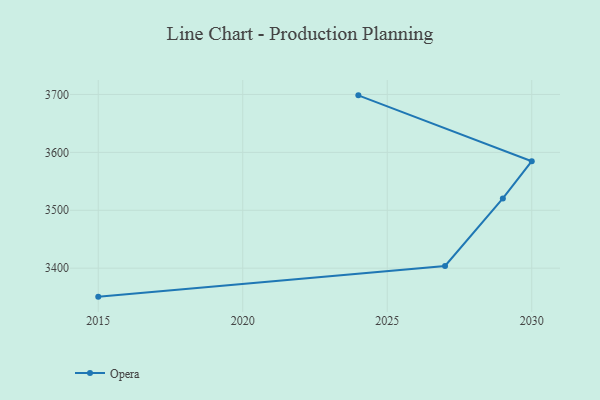
{"axis": {"x": "Year", "y": "Temperature (°C)"}, "legend": ["Opera"], "data": [{"x": "2015", "y": 3350.8, "type": "Opera"}, {"x": "2027", "y": 3403.7, "type": "Opera"}, {"x": "2029", "y": 3520.4, "type": "Opera"}, {"x": "2030", "y": 3584.7, "type": "Opera"}, {"x": "2024", "y": 3698.5, "type": "Opera"}]}